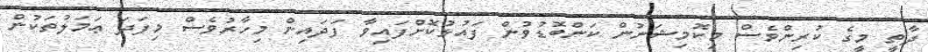
ދާތީ މީގެ ކުރިންވެސް މިކޮމިޝަނުން ކަންބޮޑުވުން ފައުޅުކޮށްފައިވާ ފަދައިން މިހާރުވެސް މިފަދަ ޢަމަލުތަކުން